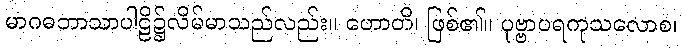
မာဂဓဘာသာပါဠိ၌လိမ်မာသည်လည်း။ ဟောတိ၊ ဖြစ်၏။ ပုဗ္ဗာပရကုသလောစ၊